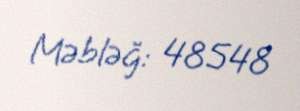
Məbləğ: 48548